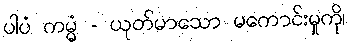
ပါပံ ကမ္မံ - ယုတ်မာသော မကောင်းမှုကို၊